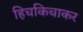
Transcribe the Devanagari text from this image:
हिचकिचाकर